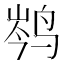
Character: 𮭦